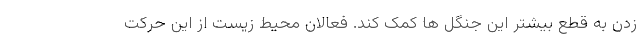
زدن به قطع بیشتر این جنگل ها کمک کند. فعالان محیط زیست از این حرکت